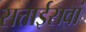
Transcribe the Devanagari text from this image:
सत्ताईसवां